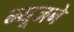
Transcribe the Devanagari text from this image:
न्यूजने